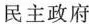
民主政府